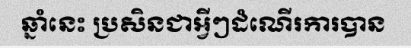
ឆ្នាំនេះ ប្រសិនជាអ្វីៗដំណើរការបាន